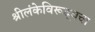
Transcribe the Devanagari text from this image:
श्रीलंकेविरूद्धचा